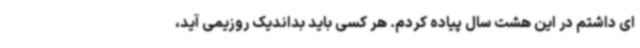
ای داشتم در این هشت سال پیاده کردم. هر کسی باید بداندیک روزیمی آید،